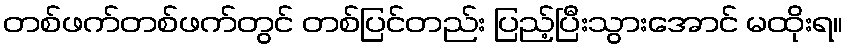
တစ်ဖက်တစ်ဖက်တွင် တစ်ပြင်တည်း ပြည့်ပြီးသွားအောင် မထိုးရ။